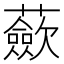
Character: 蘝